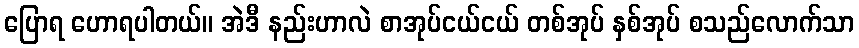
ပြောရ ဟောရပါတယ်။ အဲဒီ နည်းဟာလဲ စာအုပ်ငယ်ငယ် တစ်အုပ် နှစ်အုပ် စသည်လောက်သာ